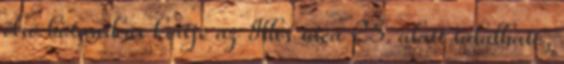
első botanikus kertje az Illés utca 25. alatt található,